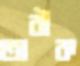
তারীক